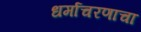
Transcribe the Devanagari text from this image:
धर्माचरणाचा